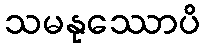
သမနုဿောပိ